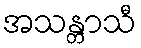
အသန္တာသီ